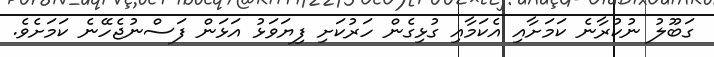
ގަބޫލު ނުކުރާނެ ކަމަށާއި އެކަމާއި ގުޅިގެން ހަރުކަށި ފިޔަވަޅު އަޅަން ފަސްނުޖެހޭނެ ކަމަށެވެ.